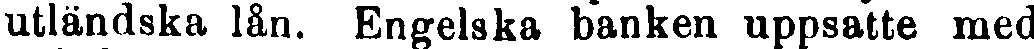
utländska lån. Engelska banken uppsatte med